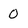
Character: 0